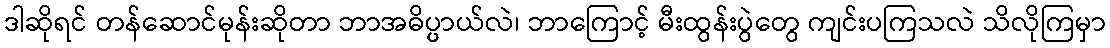
ဒါဆိုရင် တန်ဆောင်မုန်းဆိုတာ ဘာအဓိပ္ပ္ပာယ်လဲ၊ ဘာကြောင့် မီးထွန်းပွဲတွေ ကျင်းပကြသလဲ သိလိုကြမှာ